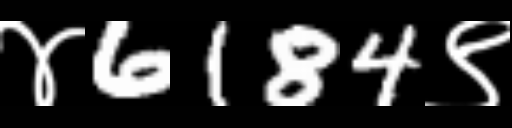
Text: ४6184९